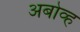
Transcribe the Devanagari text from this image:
अबोव्ह